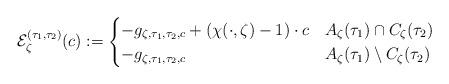
LaTeX: \begin{align*}\mathcal{E}_{\zeta}^{({\tau_1},{\tau_2})}(c):=\begin{cases}-g_{{\zeta},{\tau_1},{\tau_2},c}+(\chi{}(\cdot{},{\zeta})-1)\cdot{}c & A_{\zeta}({\tau_1})\cap{}C_{\zeta}({\tau_2})\\-g_{{\zeta},{\tau_1},{\tau_2},c} & A_{\zeta}({\tau_1})\setminus{}C_{\zeta}({\tau_2})\end{cases}\end{align*}